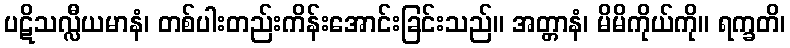
ပဋိသလ္လီယမာနံ၊ တစ်ပါးတည်းကိန်းအောင်းခြင်းသည်။ အတ္တာနံ၊ မိမိကိုယ်ကို။ ရက္ခတိ၊